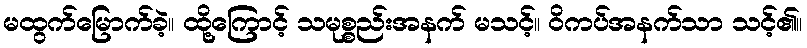
မထွက်မြောက်ခဲ့။ ထို့ကြောင့် သမုစ္စည်းအနက် မသင့်။ ဝိကပ်အနက်သာ သင့်၏။